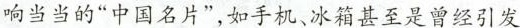
响当当的”中国名片”，如手机、冰箱甚至是曾经引发